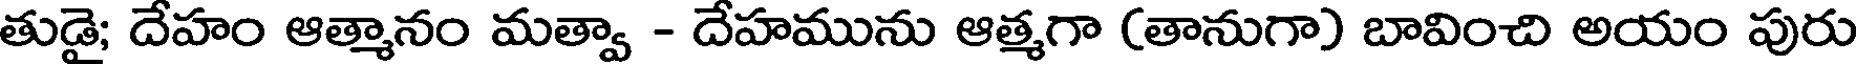
తుడై; దేహం ఆత్మానం మత్వా - దేహమును ఆత్మగా (తానుగా) బావించి అయం పురు